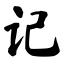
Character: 记